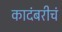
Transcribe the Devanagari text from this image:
कादंबरीचं